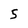
Character: 5